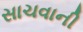
સાચવાની